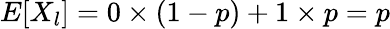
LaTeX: E[X_{l}]=0\times(1-p)+1\times p=p